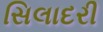
સિલાદરી